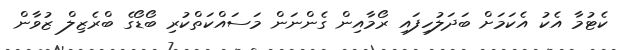
ކެޓުމާ އެކު އެކަމަށް ބަދަލުހިފައި ރޯމާއިން ގެންނަން މަސައްކަތްކުރި ބޯޑޯގެ ބްރެޒިލް ޒުވާން